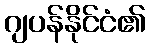
ဂျပန်နိုင်ငံ၏